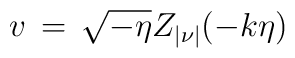
v \, = \, \sqrt{-\eta} Z_{|\nu|}(-k\eta)